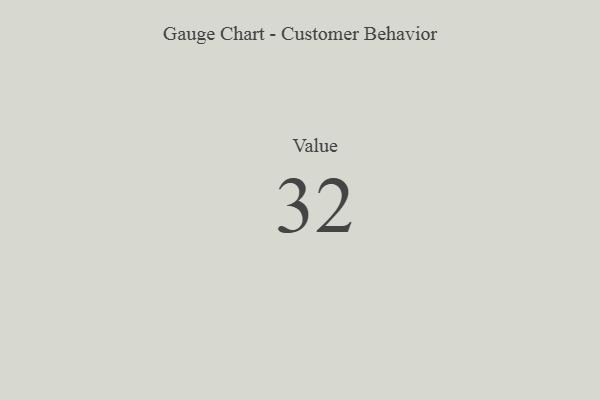
{"axis": {"x": "Metric", "y": "Value"}, "legend": [""], "data": [{"x": "Value", "y": 32, "type": ""}]}